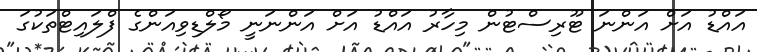
އައްޑު އަށް އަންނަ ޓޫރިސްޓުން މިހާރު އައްޑު އަށް އަންނަނީ މޯލްޑިވިއަންގެ ފްލައިޓްތަކުގަ